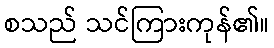
စသည် သင်ကြားကုန်၏။